Annual statistical returns and brief notes on vaccination in Bengal - 1896-1909
Year: 1896
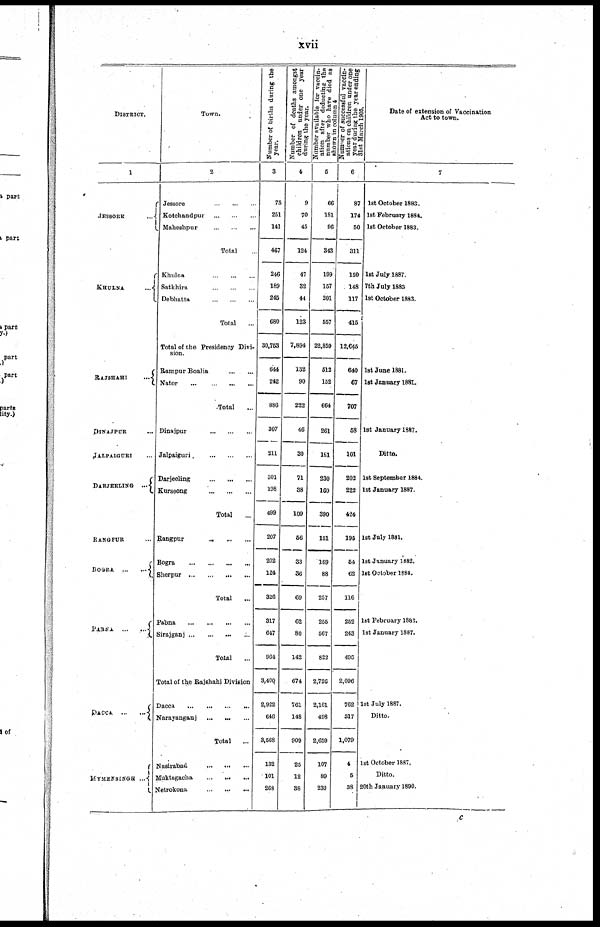
xvii
DISTRICT.
1
JESSORE
...
KHULNA ...
RAJSHAHI
...
DINAJPUR ...
JALPAIGURI ...
DARJEELING ...
RANGPUR ...
BOGRA
...
...
PABNA
...
...
DACCA
...
...
MYMENSINGH ...
Town.
2
Jessore
...
...
...
Kotchandpur
...
...
...
Maheshpur
...
...
...
Total ...
Khulna
...
...
...
Satkhira
...
...
...
Debhatta
...
...
...
Total ...
Total of the Presidency Divi-
sion.
Rampur Boalia
...
...
Nator
...
...
...
...
Total ...
Dinajpur
...
...
...
Jalpaiguri
...
...
...
Darjeeling
...
... ...
Kurseong
...
...
...
Total ...
Rangpur
... ... ...
Bogra
...
...
...
...
Sherpur
...
...
...
...
Total ...
Pabna ... ... ... ...
Sirajganj ... ... ... ...
Total ...
Total of the Rajahahi Division
Dacca
...
...
...
...
Narayanganj
... ... ...
Total ...
Nasirabad
...
...
...
Muktagacha
...
...
...
Netrokona ... ... ...
Number of births during the
year.
3
75
251
141
467
246
189
245
680
30,753
644
242
886
307
211
301
198
499
207
202
124
326
317
647
964
3,400
2,922
646
3,568
132
101
268
N umber of deaths amongst
children under one year
during the year.
4
9
70
45
124
47
32
44
123
7,894
132
90
222
46
30
71
38
109
56
33
36
69
62
80
142
674
761
148
909
25
12
38
Number available for vaccin-
ation after deducting the
number who have died as
shown in column 4
5
66
181
96
343
199
157
201
557
22,859
512
152
664
261
181
230
160
390
151
169
88
257
255
567
822
2,726
2,161
498
2,659
107
89
230
Number of successful vaccin-
ations on children under one
year during the year ending
31st March 1905.
6
87
174
50
311
150
148
117
415
12,645
640
67
707
58
101
202
222
424
195
54
62
116
252
243
495
2,096
762
317
1,079
4
5
38
Date of extension of Vaccination
Act to town.
7
1st October 1883.
1st February 1884.
1st October 1883.
1st July 1887.
7th July 1883
1st October 1883.
1st June 1881.
1st January 1881.
1st January 1887.
Ditto.
1st September 1884.
1st January 1887.
1st July 1881.
1st January 1882.
let October 1884.
1st February 1882.
1st January 1887.
1st July 1887.
Ditto.
1st October 1887.
Ditto.
20th January 1890.
c